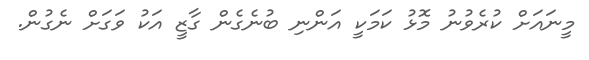
މީނައަށް ކުރެވުނު މޮޅު ކަމަކީ އަންނި ބުނެގެން ގާޒީ އަކު ވަގަށް ނެގުން.